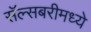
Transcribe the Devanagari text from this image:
सॅल्सबरीमध्ये